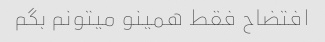
افتضاح فقط همینو میتونم بگم